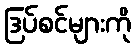
ဒြပ်စင်များကို